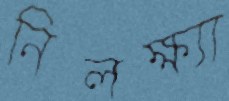
নিলক্ষ্যা